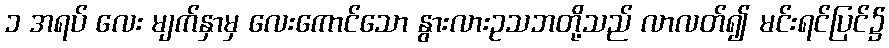
၁ အရပ် လေး မျက်နှာမှ လေးကောင်သော နွားလားဥသဘတို့သည် လာလတ်၍ မင်းရင်ပြင်၌